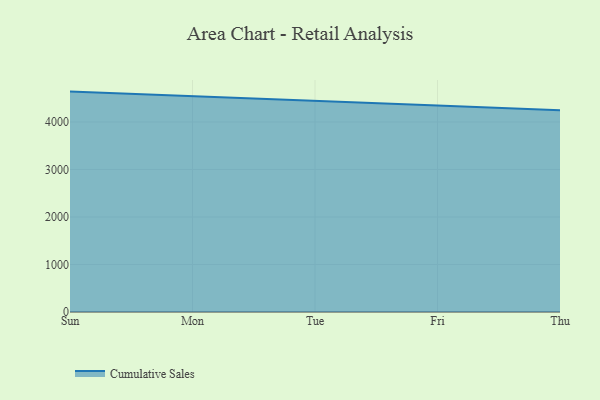
{"axis": {"x": "Day", "y": "Satisfaction Score"}, "legend": ["Cumulative Sales"], "data": [{"x": "Sun", "y": 4639.4, "type": "Cumulative Sales"}, {"x": "Mon", "y": 4542.7, "type": "Cumulative Sales"}, {"x": "Tue", "y": 4459.2, "type": "Cumulative Sales"}, {"x": "Fri", "y": 4348.7, "type": "Cumulative Sales"}, {"x": "Thu", "y": 4245.5, "type": "Cumulative Sales"}]}